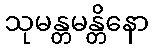
သုမန္တမန္တိနော